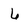
Character: 6